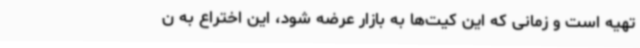
تهیه است و زمانی که این کیت‌ها به بازار عرضه شود، این اختراع به ن